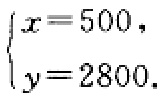
\(\begin{cases}

x = 500, \\

y = 2800.

\end{cases}\)